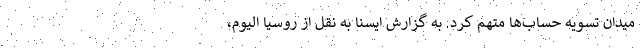
میدان تسویه حساب‌ها متهم کرد. به گزارش ایسنا به نقل از روسیا الیوم،